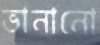
ভানানো